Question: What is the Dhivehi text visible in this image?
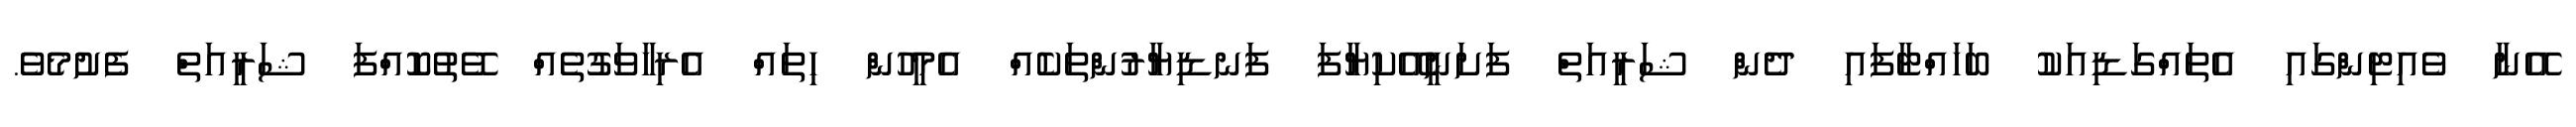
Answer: އޭނާ ވެއިޓިންގައި އެތައްގަޑިއަކު ބަހައްޓާފައި ދެން ޝަރީއަތް ފަށަނީއޭކިޔާފަ ފަނޑިޔާރުންތަކެއް އެމީހުން ހިތައް އެރިހާވަގުތެއް ވޭތުކޮއްފަ ޝަރީއަތް ފެށުމެވެ.